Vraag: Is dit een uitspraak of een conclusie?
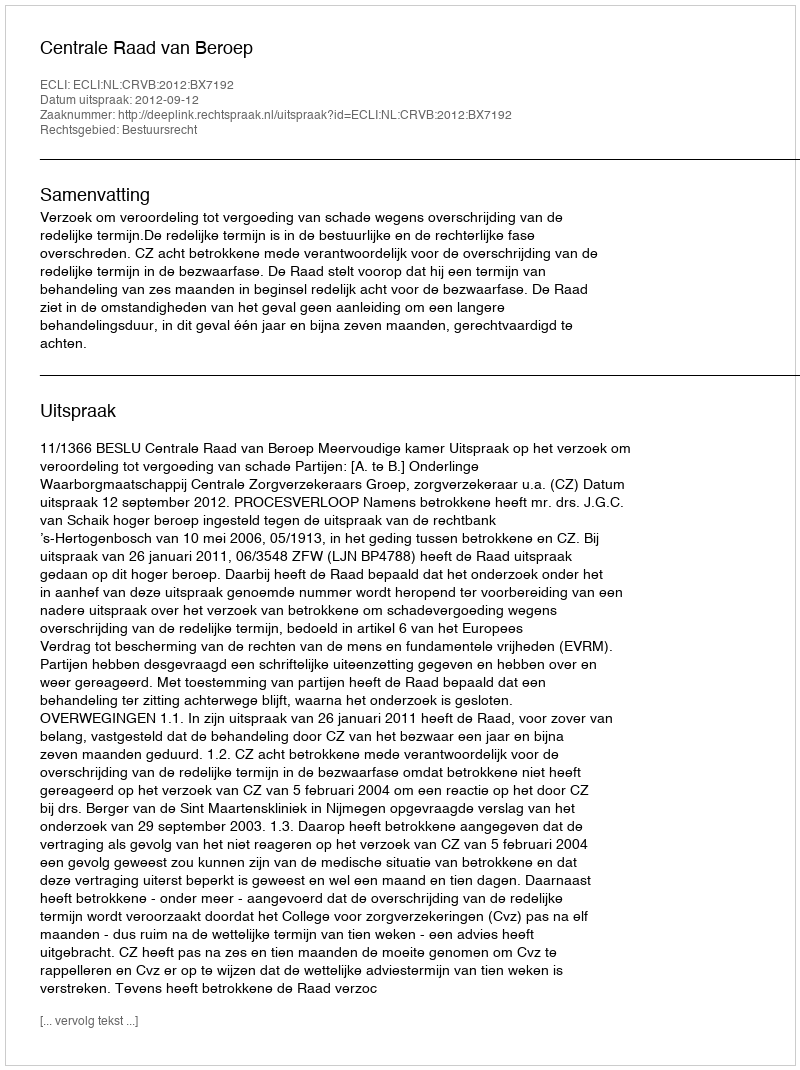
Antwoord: Uitspraak